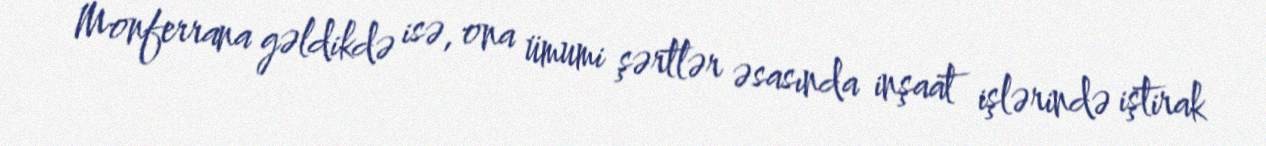
Monferrana gəldikdə isə, ona ümumi şərtlər əsasında inşaat işlərində iştirak